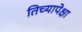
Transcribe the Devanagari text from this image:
तिच्यापेक्षा